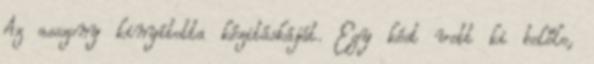
Az asszony kinyította kézitáskáját. Egy kést vett ki belőle,